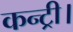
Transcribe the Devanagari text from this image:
कन्ट्री।